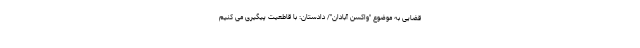
قضایی به موضوع "واکسن آبادان"/ دادستان: با قاطعیت پیگیری می کنیم